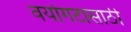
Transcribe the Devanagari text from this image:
वयोगटासाठी